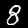
Digit: 8